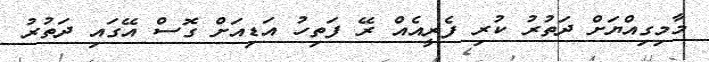
މާމިގިއްޔަށް ދަތުރު ކުރި ފެރީއެއް ރޭ ފަތިހު އަޑިއަށް ގޮސް އޭގައި ދަތުރު